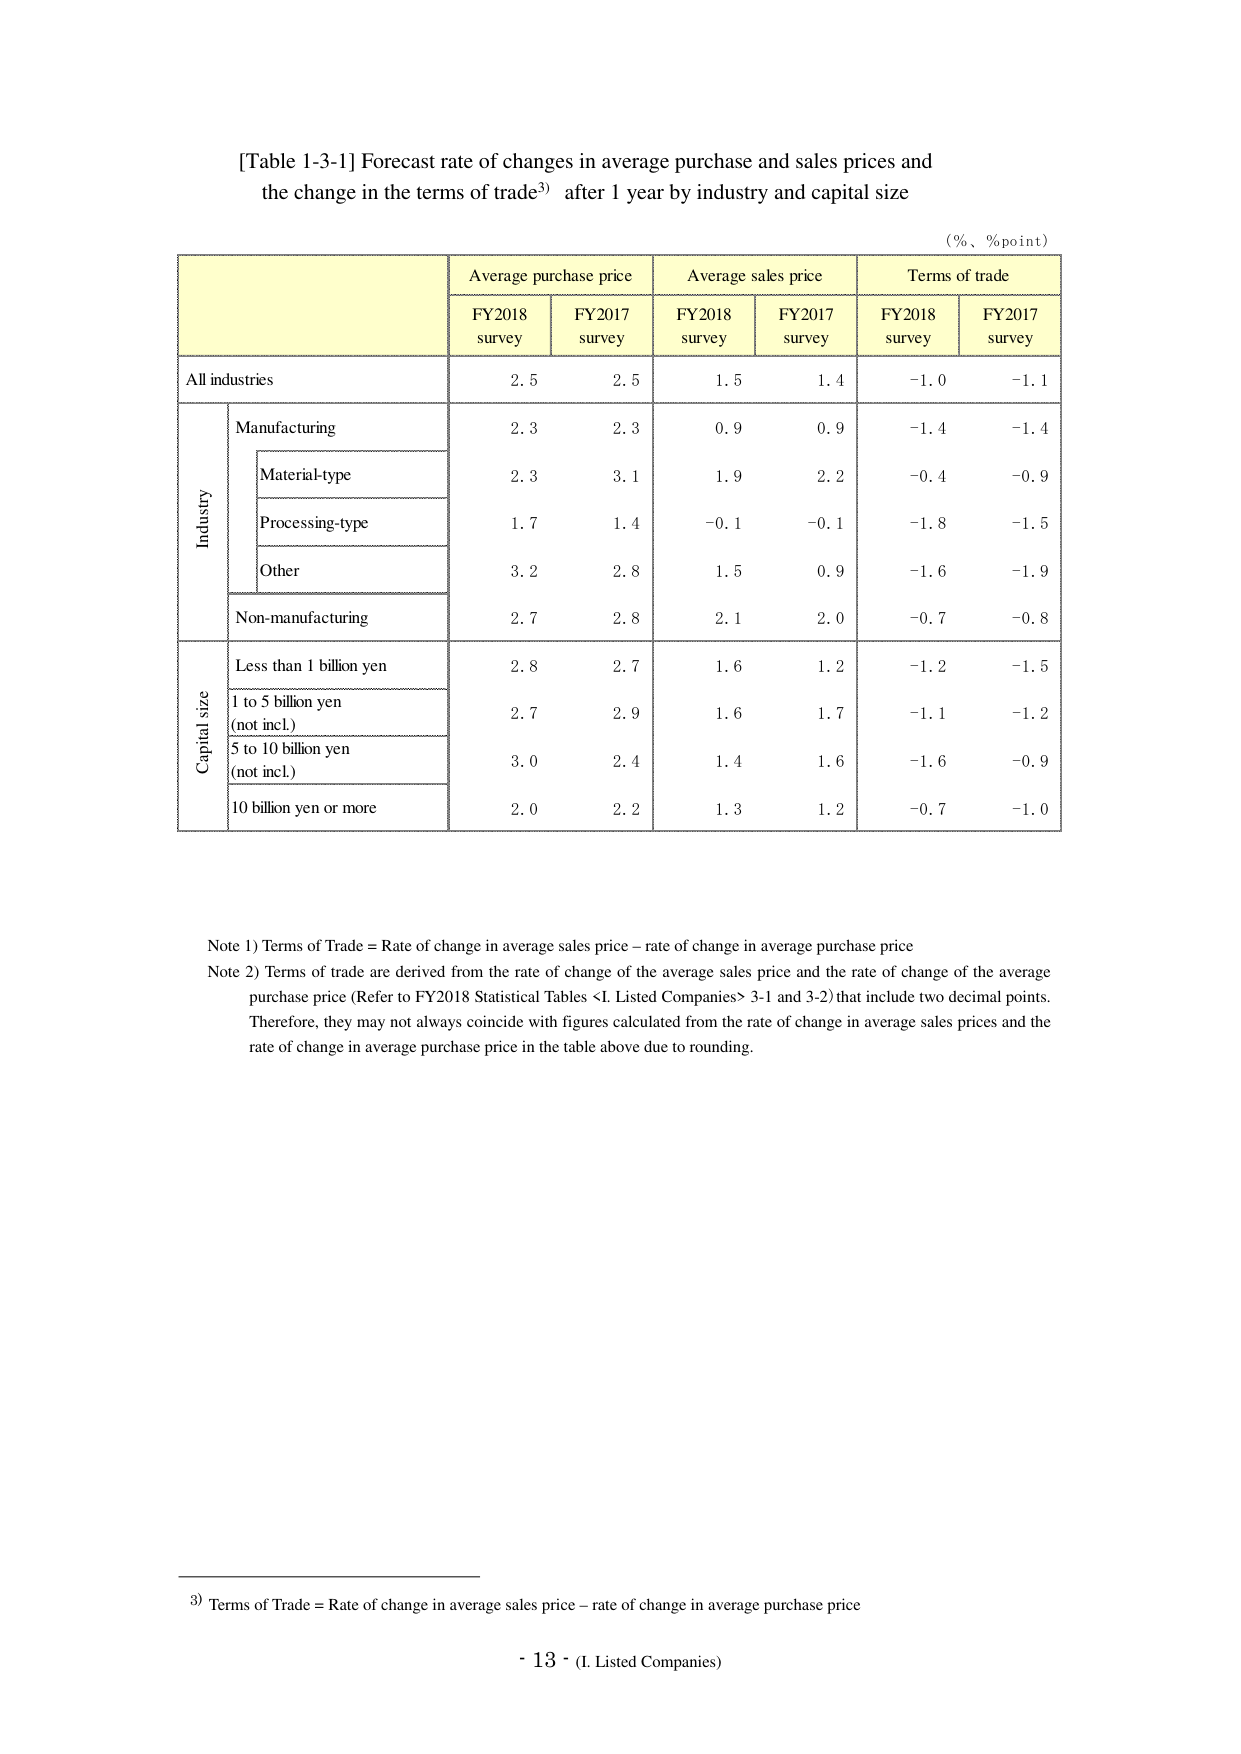
[Table 1-3-1] Forecast rate of changes in average purchase and sales prices and the change in the terms of trade³⁾ after 1 year by industry and capital size

(％、％point)

Average purchase price    Average sales price    Terms of trade
FY2018 survey    FY2017 survey    FY2018 survey    FY2017 survey    FY2018 survey    FY2017 survey

All industries    2.5    2.5    1.5    1.4    -1.0    -1.1

Industry    Manufacturing    2.3    2.3    0.9    0.9    -1.4    -1.4
                Material-type    2.3    3.1    1.9    2.2    -0.4    -0.9
                Processing-type    1.7    1.4    -0.1    -0.1    -1.8    -1.5
                Other    3.2    2.8    1.5    0.9    -1.6    -1.9
                Non-manufacturing    2.7    2.8    2.1    2.0    -0.7    -0.8

Capital size    Less than 1 billion yen    2.8    2.7    1.6    1.2    -1.2    -1.5
                1 to 5 billion yen (not incl.)    2.7    2.9    1.6    1.7    -1.1    -1.2
                5 to 10 billion yen (not incl.)    3.0    2.4    1.4    1.6    -1.6    -0.9
                10 billion yen or more    2.0    2.2    1.3    1.2    -0.7    -1.0

Note 1) Terms of Trade = Rate of change in average sales price – rate of change in average purchase price
Note 2) Terms of trade are derived from the rate of change of the average sales price and the rate of change of the average purchase price (Refer to FY2018 Statistical Tables <I. Listed Companies> 3-1 and 3-2) that include two decimal points. Therefore, they may not always coincide with figures calculated from the rate of change in average sales prices and the rate of change in average purchase price in the table above due to rounding.

³⁾ Terms of Trade = Rate of change in average sales price – rate of change in average purchase price

- 13 - (I. Listed Companies)